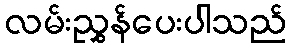
လမ်းညွှန်ပေးပါသည်